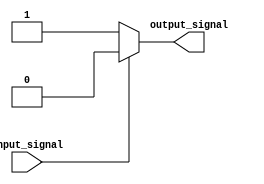
module Voltage_Level_Shifter(
    input wire input_signal,
    output reg output_signal
);

reg input_voltage_level;
reg output_voltage_level;

always @(*) begin
    if (input_signal == 0) begin
        input_voltage_level = 0;
    end else begin
        input_voltage_level = 1;
    end
end

always @(*) begin
    if (input_voltage_level == 1) begin
        output_signal = 1'b0;
    end else begin
        output_signal = 1'b1;
    end
end

endmodule